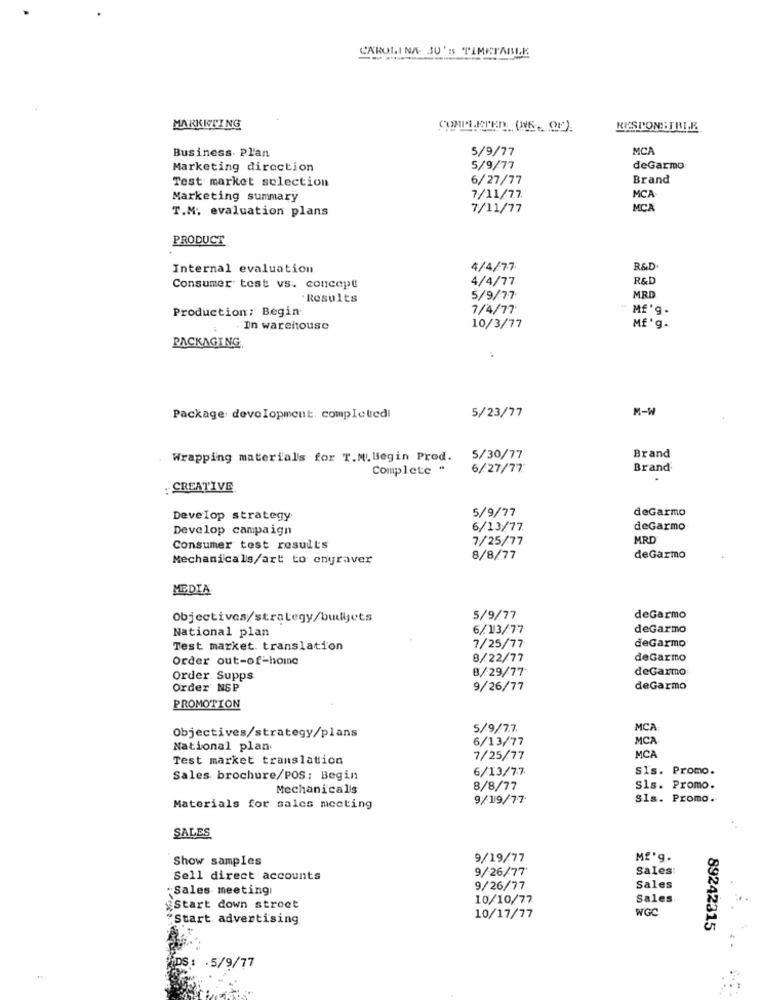
CAROLINA. JU'S TIMETABLE
MARKETING
MITLEPED (WE. OF)
RESPONSIBLE
Business. Pl'an
5/9/77
MCA
Marketing direction
5/9/77
deGarmo
Test market selection
6/27/77
Brand
Marketing summary
7/11/77.
MCA
T.M. evaluation plans
7/11/77
MCA
PRODUCT
Internal evaluation
4/4/77
R&D
4/4/77
R&D
Consumer test vs. concept
Results
5/9/77
MRD
Production: Begin
7/4/77
Mf' g.
In warehouse
10/3/77
Mf'g.
PACKAGING.
M-W
Package development. completedi
5/23/77
Wrapping materials for T.M. Begin Prod. 5/30/77
Brand
Complete "
6/27/77
Brand
: CREATIVE
5/9/77
deGarmo
Develop strategy
Develop campaign
6/13/77
deGarmo
7/25/77
MRD
Consumer test results
Mechanicals/art to engraver
8/8/77
deGarmo
MEDIA
Objectives/strategy/budyjets
5/9/77
deGarmo
National plan
6/13/77
deGarmo
Test market. translation
7/25/77
deGarmo
Order out-of-home
8/22/77
deGarmo
8/29/77
deGarmo
Order Supps
Order NSP
9/26/77
deGarmo
PROMOTION
5/9/7.7.
MCA
Objectives/strategy/plans
6/13/77
MC
National plan.
Test market translation
7/25/77
MCA
6/13/77
SIs. Promo.
Sales brochure/POS; Begin
Mechanicalis
8/8/77
Sls. Promo.
9/19/77
SIs. Promo.
Materials for sales meeting
SALES
Show samples
9/19/77
Mf'g.
9/26/77'
Sales
Sell direct accounts
-Sales meeting
9/26/77
Sales
10/10/77
Sales
Start down stroet
WGC
#Start advertising
10/17/77
89242315
IDS: . 5/9/77